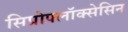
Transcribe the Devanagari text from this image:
सिप्रोफ्लॉक्सेसिन